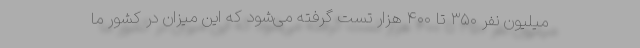
میلیون نفر ۳۵۰ تا ۴۰۰ هزار تست گرفته می‌شود که این میزان در کشور ما